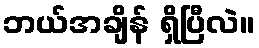
ဘယ်အချိန် ရှိပြီလဲ။